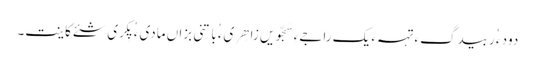
دود ء ُربیدگءِ تہہءَ یک راجےءِ سَجّویں زاھِریء ُباتِنی بزاں مادیء ُ پِکری شئے کاینت۔